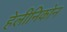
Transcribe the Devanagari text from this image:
हेलीनिकोन